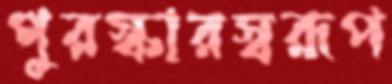
পুরস্কারস্বরূপ